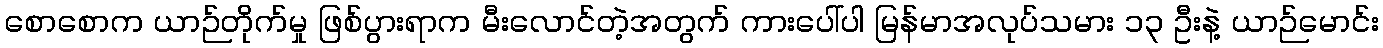
စောစောက ယာဉ်တိုက်မှု ဖြစ်ပွားရာက မီးလောင်တဲ့အတွက် ကားပေါ်ပါ မြန်မာအလုပ်သမား ၁၃ ဦးနဲ့ ယာဉ်မောင်း